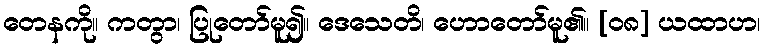
တေနကို။ ကတွာ၊ ပြုတော်မူ၍။ ဒေသေတိ၊ ဟောတော်မူ၏။ [၀၈] ယထာဟ၊